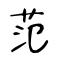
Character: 范